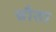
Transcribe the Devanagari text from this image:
चौता